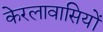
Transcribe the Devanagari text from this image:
केरलावासियों